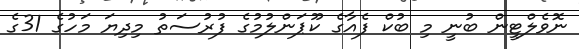
ނޮވެލްޓީން ބުނީ މި ބުކް ފެއާގެ ކޫޕަންލުމުގެ ފުރުސަތު މިދިޔަ މަހުގެ 31ގެ